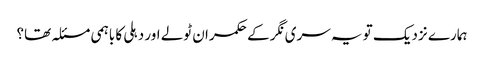
ہمارے نزدیک تو یہ سری نگر کے حکمران ٹولے اور دہلی کا باہمی مسئلہ تھا؟